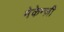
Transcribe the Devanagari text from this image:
मेकेन्ज़ी